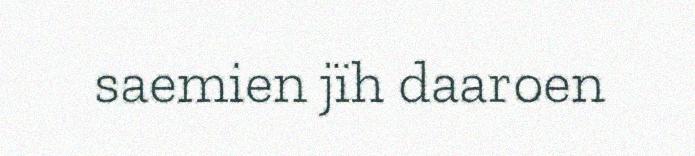
saemien jïh daaroen